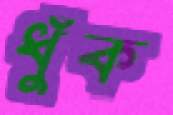
ধুঁক